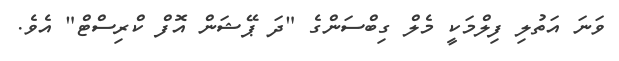
ވަނަ އަތުލި ފިލްމަކީ މެލް ގިބްސަންގެ "ދަ ޕޭޝަން އޮފް ކްރިސްޓް" އެވެ.